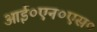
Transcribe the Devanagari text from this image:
आई०एन०एस०